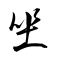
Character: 坐